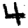
Digit: 4